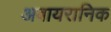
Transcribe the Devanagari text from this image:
अबायरानिक